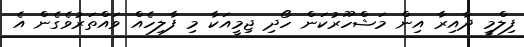
ފިލްމީ ދާއިރާ އިން މަޝްހޫރުކަން ހޯދި ޖިމީއަކާ މި ފާލިހެއް ވައްތަރުވެގެން އެ